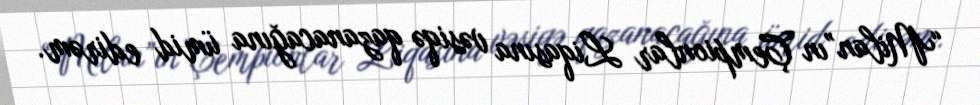
“Milan”ın Çempionlar Liqasına vəsiqə qazanacağına ümid edirəm.